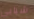
شبابي